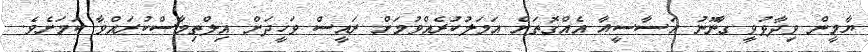
ޔާމީން ވިދާޅުވީ ގާނޫނު އަސާސީއާ އެއްގޮތަށް އަމަލުކުރެއްވުމަށް ރައީސް ވަހީދަށް އިލްތިމާސްކުރައްވާ ކަމަށެވެ.